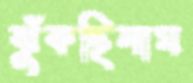
ঝুঁকছিলাম